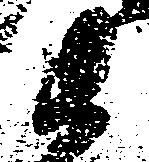
衛